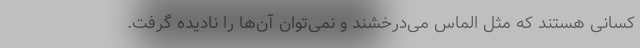
کسانی هستند که مثل الماس می‌درخشند و نمی‌توان آن‌ها را نادیده گرفت.